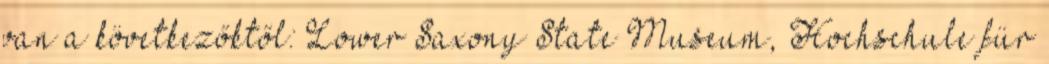
van a következőktől: Lower Saxony State Museum, Hochschule für